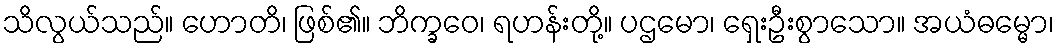
သိလွယ်သည်။ ဟောတိ၊ ဖြစ်၏။ ဘိက္ခဝေ၊ ရဟန်းတို့။ ပဌမော၊ ရှေးဦးစွာသော။ အယံဓမ္မော၊